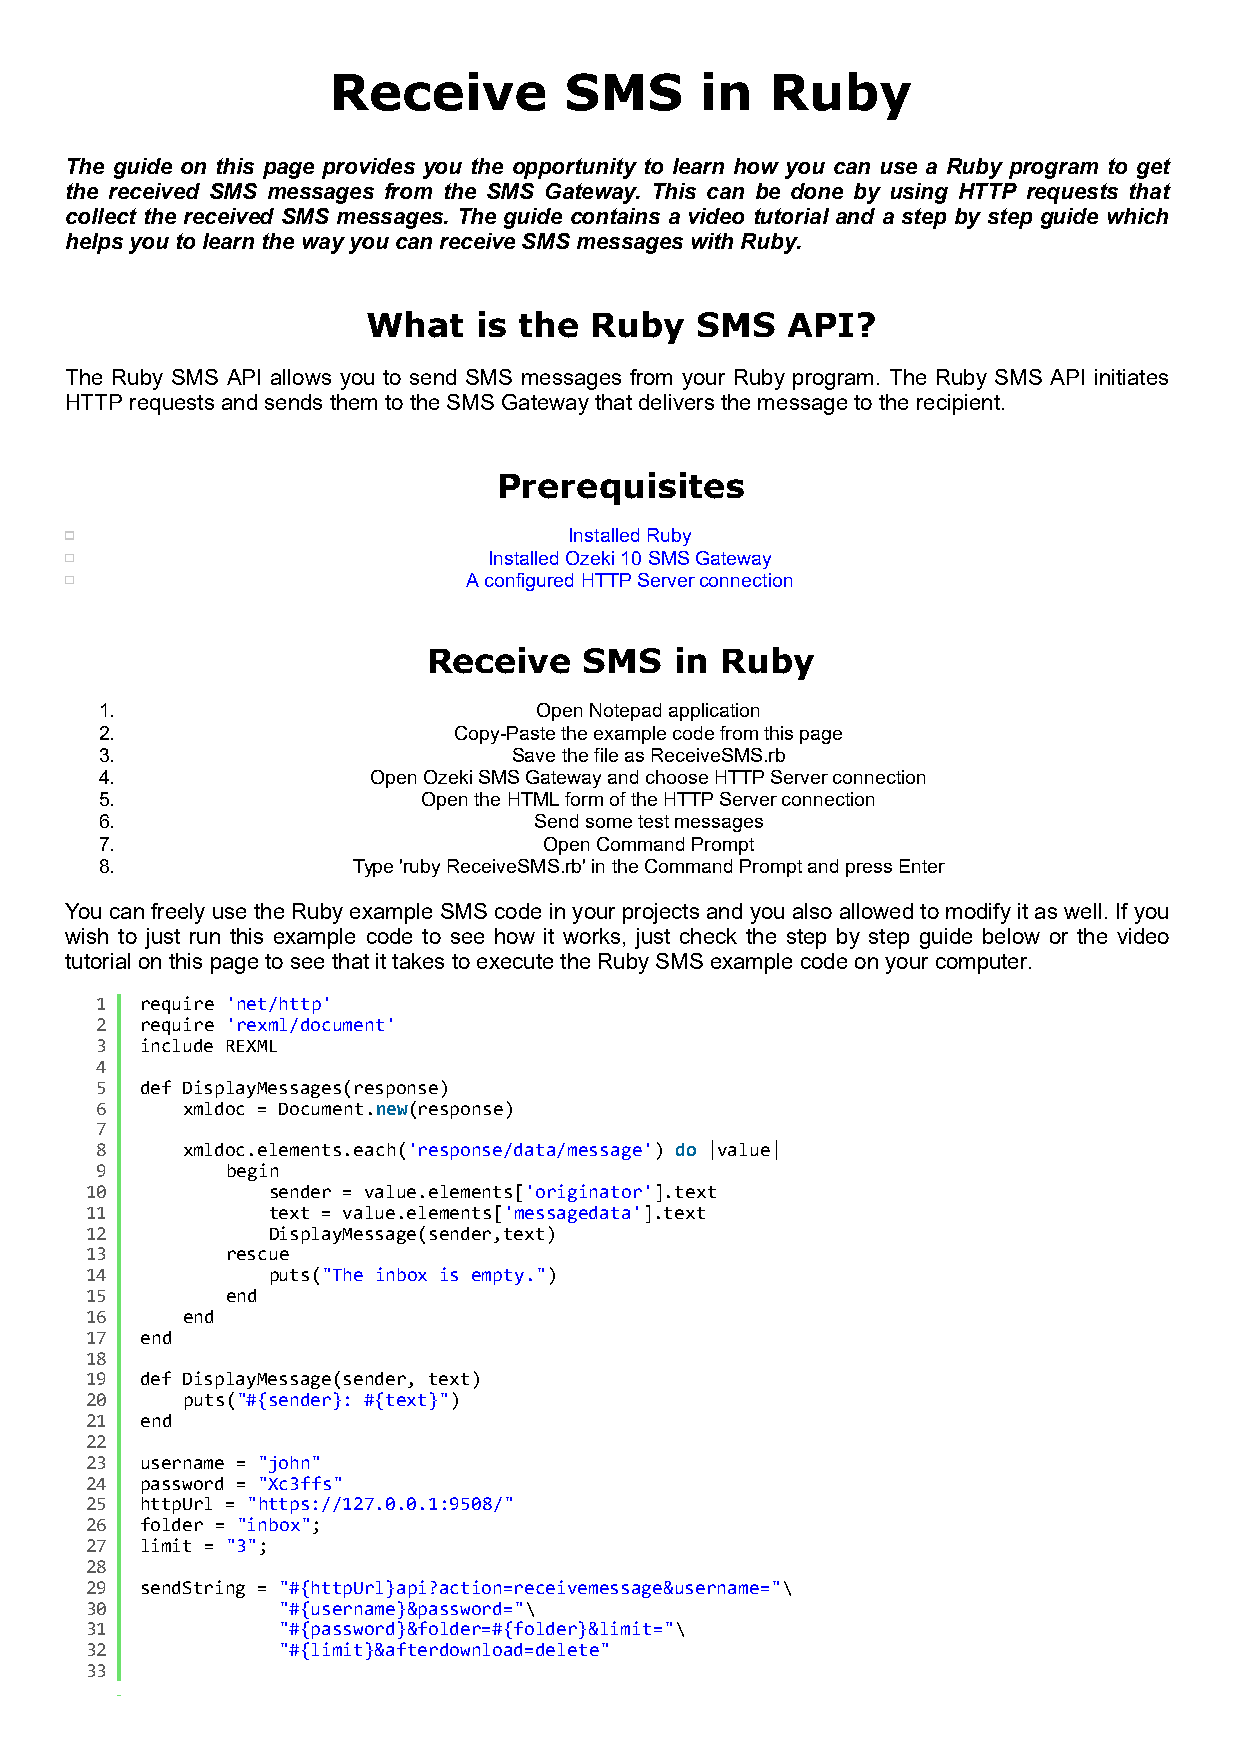
Receive        SMS      in   Ruby
 The guide on this page provides you the opportunity to learn how you can use a Ruby program to get
 the received SMS messages from the SMS Gateway. This can be done by using HTTP requests that
 collect the received SMS messages. The guide contains a video tutorial and a step by step guide which
 helps you to learn the way you can receive SMS messages with Ruby.
 What   is the  Ruby   SMS   API?
 The Ruby SMS API allows you to send SMS messages from your Ruby program. The Ruby SMS API initiates
 HTTP requests and sends them to the SMS Gateway that delivers the message to the recipient.
 Prerequisites
 Installed Ruby
 Installed Ozeki 10 SMS Gateway
 A configured HTTP Server connection
 Receive    SMS   in Ruby
 1.                          Open Notepad application
 2.                     Copy-Paste the example code from this page
 3.                         Save the file as ReceiveSMS.rb
 4.                Open Ozeki SMS Gateway and choose HTTP Server connection
 5.                   Open the HTML form of the HTTP Server connection
 6.                          Send some test messages
 7.                           Open Command Prompt
 8.              Type 'ruby ReceiveSMS.rb' in the Command Prompt and press Enter
 You can freely use the Ruby example SMS code in your projects and you also allowed to modify it as well. If you
 wish to just run this example code to see how it works, just check the step by step guide below or the video
 tutorial on this page to see that it takes to execute the Ruby SMS example code on your computer.
 1  require 'net/http'
 2  require 'rexml/document'
 3  include REXML
 4
 5  def DisplayMessages(response)
 6     xmldoc = Document.new(response)
 7
 8     xmldoc.elements.each('response/data/message') do |value|
 9        begin
 10          sender = value.elements['originator'].text
 11          text = value.elements['messagedata'].text
 12          DisplayMessage(sender,text)
 13       rescue
 14          puts("The inbox is empty.")
 15       end
 16    end
 17 end
 18
 19 def DisplayMessage(sender, text)
 20    puts("#{sender}: #{text}")
 21 end
 22
 23 username = "john"
 24 password = "Xc3ffs"
 25 httpUrl = "https://127.0.0.1:9508/"
 26 folder = "inbox";
 27 limit = "3";
 28
 29 sendString = "#{httpUrl}api?action=receivemessage&username="\
 30          "#{username}&password="\
 31          "#{password}&folder=#{folder}&limit="\
 32          "#{limit}&afterdownload=delete"
 33